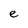
Character: e